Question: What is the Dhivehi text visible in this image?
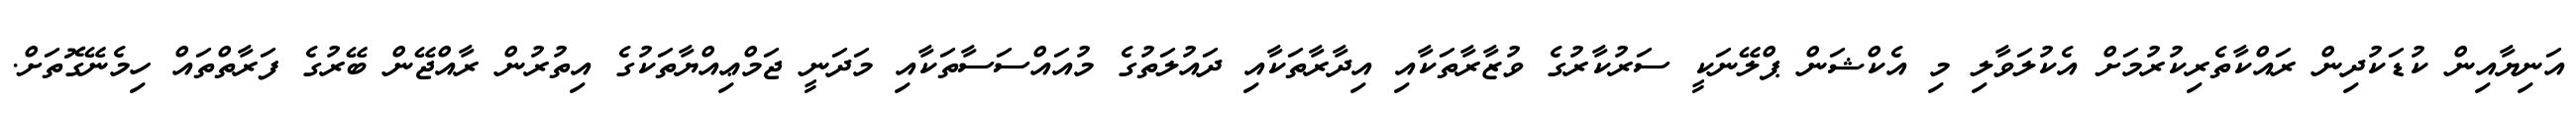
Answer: އަނިޔާއިން ކުޑަކުދިން ރައްކާތެރިކުރުމަށް އެކުލަވާލި މި އެކްޝަން ޕްލޭނަކީ ސަރުކާރުގެ ވުޒާރާތަކާއި އިދާރާތަކާއި ދައުލަތުގެ މުއައްސަސާތަކާއި މަދަނީ ޖަމްޢިއްޔާތަކުގެ އިތުރުން ރާއްޖޭން ބޭރުގެ ފަރާތްތައް ހިމެނޭގޮތަށް.